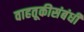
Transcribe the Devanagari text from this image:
वाहतूकीसंबंधी